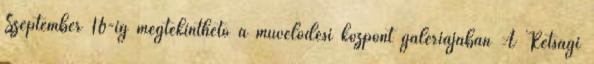
Szeptember 16-ig megtekinthető a művelődési központ galériájában A Rétsági